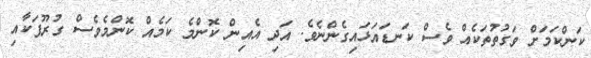
ކަންކަމަށް ވަގުތުތަކެއް ވެސް ކަނޑައަޅައިގެންނެވެ. އަދި އެއިން ކޮންމެ ކަމެއް ކޮންމެވެސް ގުރޫޕަކާއި